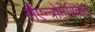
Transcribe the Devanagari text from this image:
सैएन्त्रोमेत्रिक्स